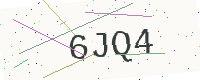
Text: 6JQ4